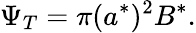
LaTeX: \Psi_{T}=\pi(a^{*})^{2}B^{*}.